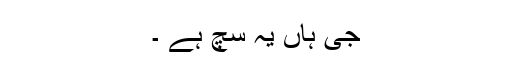
جی ہاں یہ سچ ہے ۔